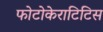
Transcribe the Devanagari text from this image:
फोटोकेराटिटिस